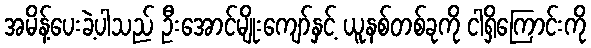
အမိန့်ပေးခဲ့ပါသည် ဦးအောင်မျိုးကျော်နှင့် ယူနစ်တစ်ခုကို ငါရှိကြောင်းကို